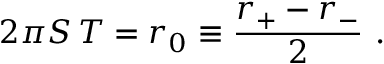
2 \pi S \, T = r _ { 0 } \equiv { \frac { r _ { + } - r _ { - } } { 2 } } \ .